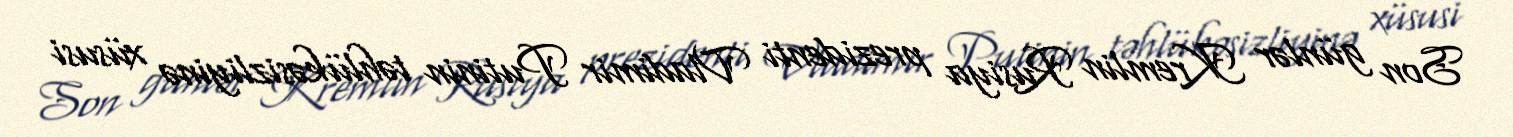
Son günlər Kremlin Rusiya prezidenti Vladimir Putinin təhlükəsizliyinə xüsusi